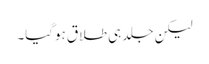
لیکن جلد ہی طلاق ہوگیا۔